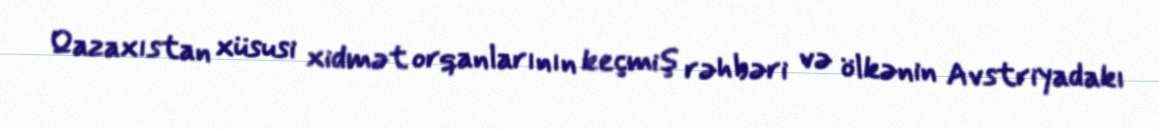
Qazaxıstan xüsusi xidmət orqanlarının keçmiş rəhbəri və ölkənin Avstriyadakı